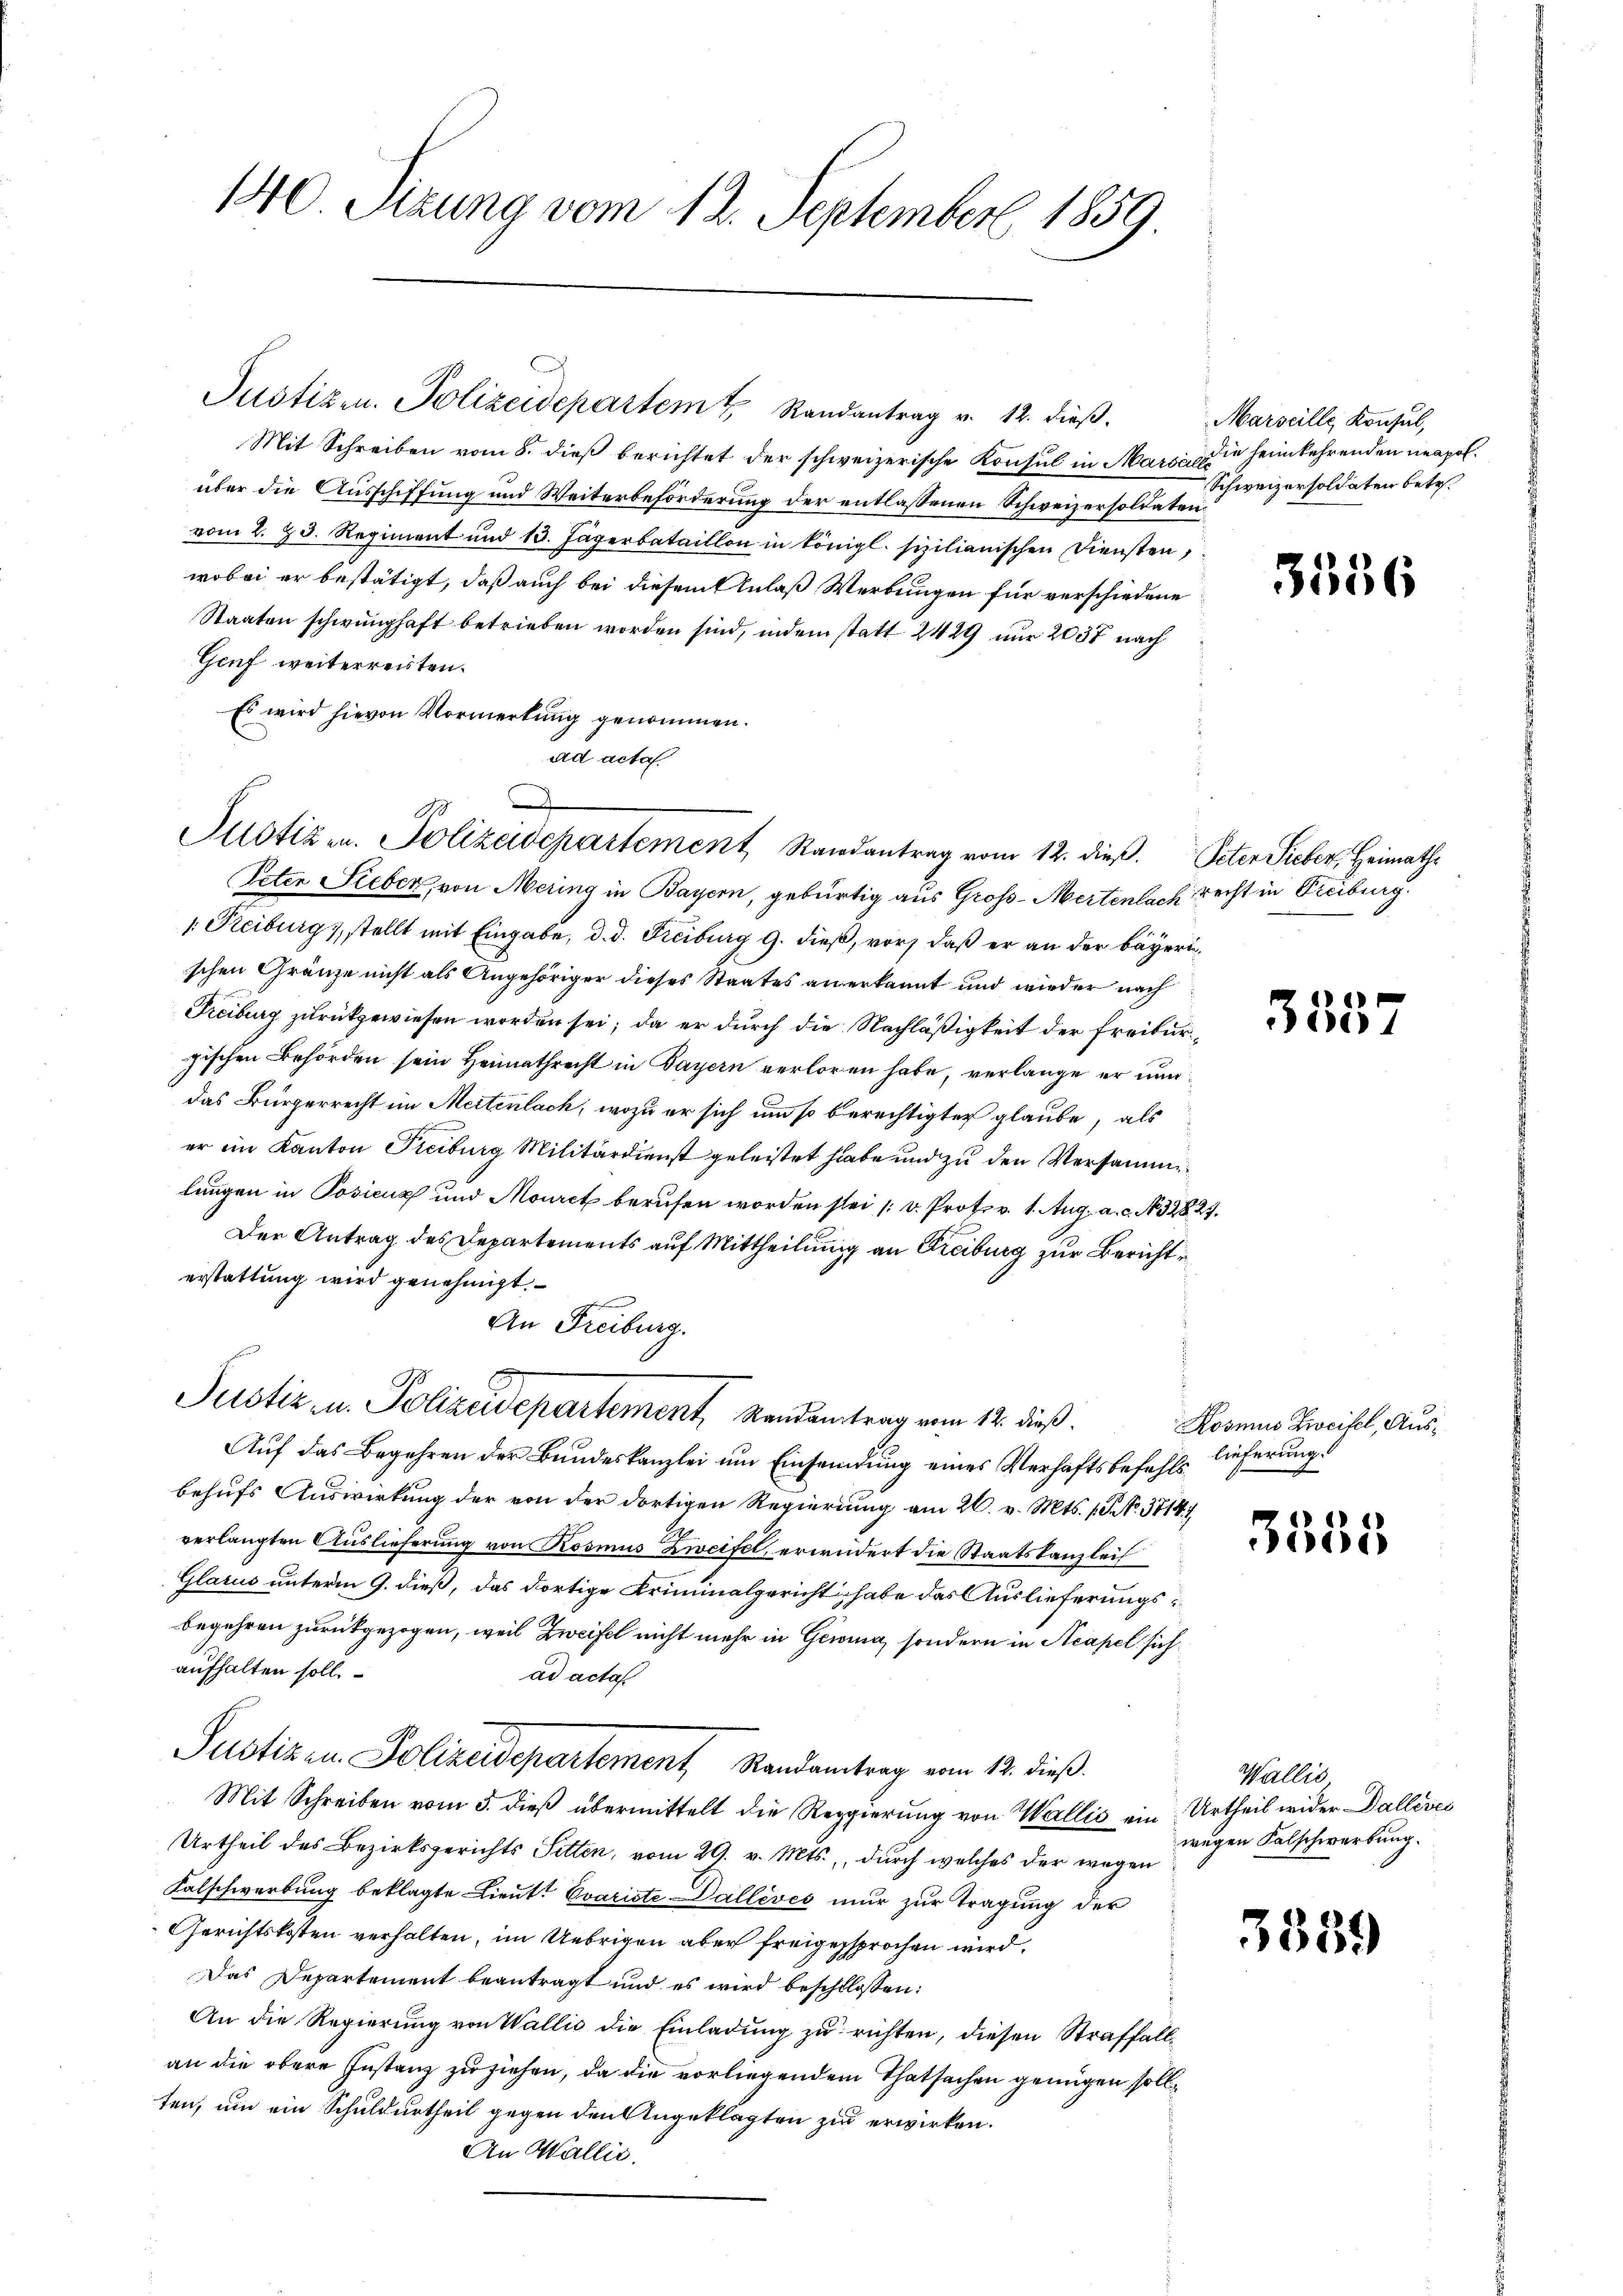
140 Sizung vom 12. September 1859

Mit Schreiben vom 8. dieβ berichtet der schweizerische Konsul in Marsi die heimkehrenden neapolüber die Ausschiffung und Weiterbeförderung der entlassenen Schweizersoldaten.
vom 2. 23. Regiment und 13. Jägerbataillon in königl. sizilianischen Diensten,
wobei er bestätigt, daß auch bei diesem Anlaß Werbungen für verschiedene
Staaten schwunghaft betrieben worden sind, indem statt 2429 nur 2037 nach
Genf weiterreisten.
Es wird hievon Vormerkung genommen.
ad acta

Justiz u. Polizeidepartement Randantrag vom 12. dieß. Peter Sieber, Heimaths

Justiz- u. Polizeidepartement, Randantrag vom 12. dieß.

Peten Lieber, von Mering in Bayern, gebürtig aus Groß-Mertenlach recht in Freiburg.
1. Reiburg, stellt mit Eingabe, d. d. Freiburg 9. dieß, vor, daß er an der bayerischen Gränze nicht als Angehöriger dieses Staates an erkannt und wieder nach
Freiburg zurückgewiesen worden sei; da er durch die Nachläßigkeit der Freibur
pischen Behörden sein Heimathrecht in Bayern verloren habe, verlange er nundas Bürgerrecht im Meitenlach, wozu er sich um so berechtigter glaube, als
er im Kanton Freiburg Militärdienst geleistet habe und zu den Versamme
lungen in Posienz und Mourck berufen worden sei (v. Prof. v. 1. Aug. a. c. No. 32827.
Der Antrag des Departements auf Mittheilung an Freiburg zur Bericht
erstattung wird genehmigt
An Freiburg.
Auf das Begehren der Bundeskanzlei um Einsendung eines Verhaftsbefehlsbehufs Auswirkung der von der dortigen Regierung am 26. v. Mts. 1. No. 3714.
verlangten Auslieferung von Rosmus Zweifel, erwidert die Staatskanzleit
Glarus unterm 9. dieß, das dortige Kriminalgericht habe das Auslieferungsbegehren zurückgezogen, weil Zweifel nicht mehr in Gewina, sondern in Acapel sichaufhalten soll.
ad acta
Pustizen Polizeidepartement Randantrag vom 12. dieß.
Mit Schreiben vom 3. dieß übermittelt die Regierung von Wallis ein Urtheil wider Dallives
Urtheil des Bezirksgerichts Sitten, vom 29. v. Mts., durch welches der wegen
Falschwerbung beklagte Lieut. Evariste Dalléves nur zur Tragung der
Gerichtskosten verhalten, im Uebrigen aber freigesprochen wird.
Das Departement beantragt und es wird beschlossen:
An die Regierung von Wallis die Einladung zu richten, diesen Straffallan die obere Instanz zu ziehen, da die vorliegendem Thatsachen genügen sollten, um ein Schuldurtheil gegen den Angeklagten zu erwirken.
An Wallis.

Justizen. Polizeidepartem Randantrag v. 12. dieβ.

Marseille Konsul,
Schweizersoldaten betr.

3336

3357

Kosmus Zweifel, Auslieferung.

3555

Wallis
wegen Falschwerbung.

3539